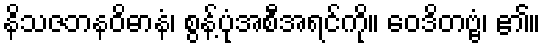
နိသဇဘနဝိဓာနံ၊ စွန့်ပုံအစီအရင်ကို။ ဝေဒိတဗ္ဗံ၊ ၏။